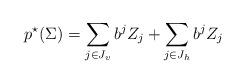
LaTeX: \begin{align*}p^\star(\Sigma)= \sum_{j\in J_v}b^jZ_j+ \sum_{j\in J_h}b^jZ_j \end{align*}